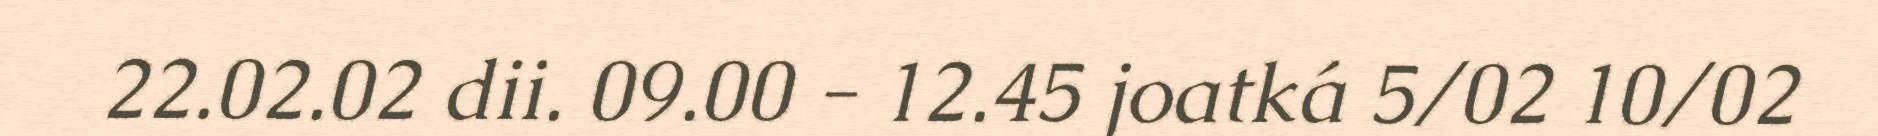
22.02.02 dii. 09.00 - 12.45 joatká 5/02 10/02